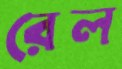
রেল